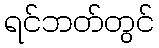
ရင်ဘတ်တွင်